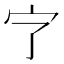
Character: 㝋